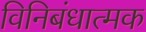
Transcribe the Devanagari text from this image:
विनिबंधात्मक